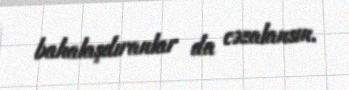
bahalaşdıranlar da cəzalansın.